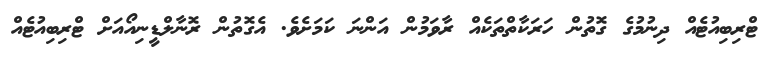
ޓްރިބިއުޓެއް ދިނުމުގެ ގޮތުން ހަރަކާތްތަކެއް ރާވަމުން އަންނަ ކަމަށެވެ. އެގޮތުން ރޮނާލްޑީނިއޯއަށް ޓްރިބިއުޓެއް